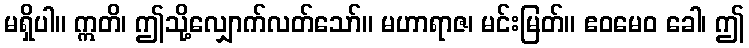
မရှိပါ။ ဣတိ၊ ဤသို့လျှောက်လတ်သော်။ မဟာရာဇ၊ မင်းမြတ်။ ဧဝမေဝ ခေါ၊ ဤ